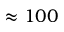
\approx 1 0 0